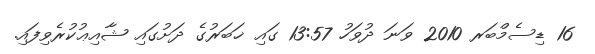
16 ޑިސެމްބަރ 2010 ވަނަ ދުވަހު 13:57 ގައި ޚަބަރުގެ ދަށުގައި ޝާއިޢުކުރެވިފައި.